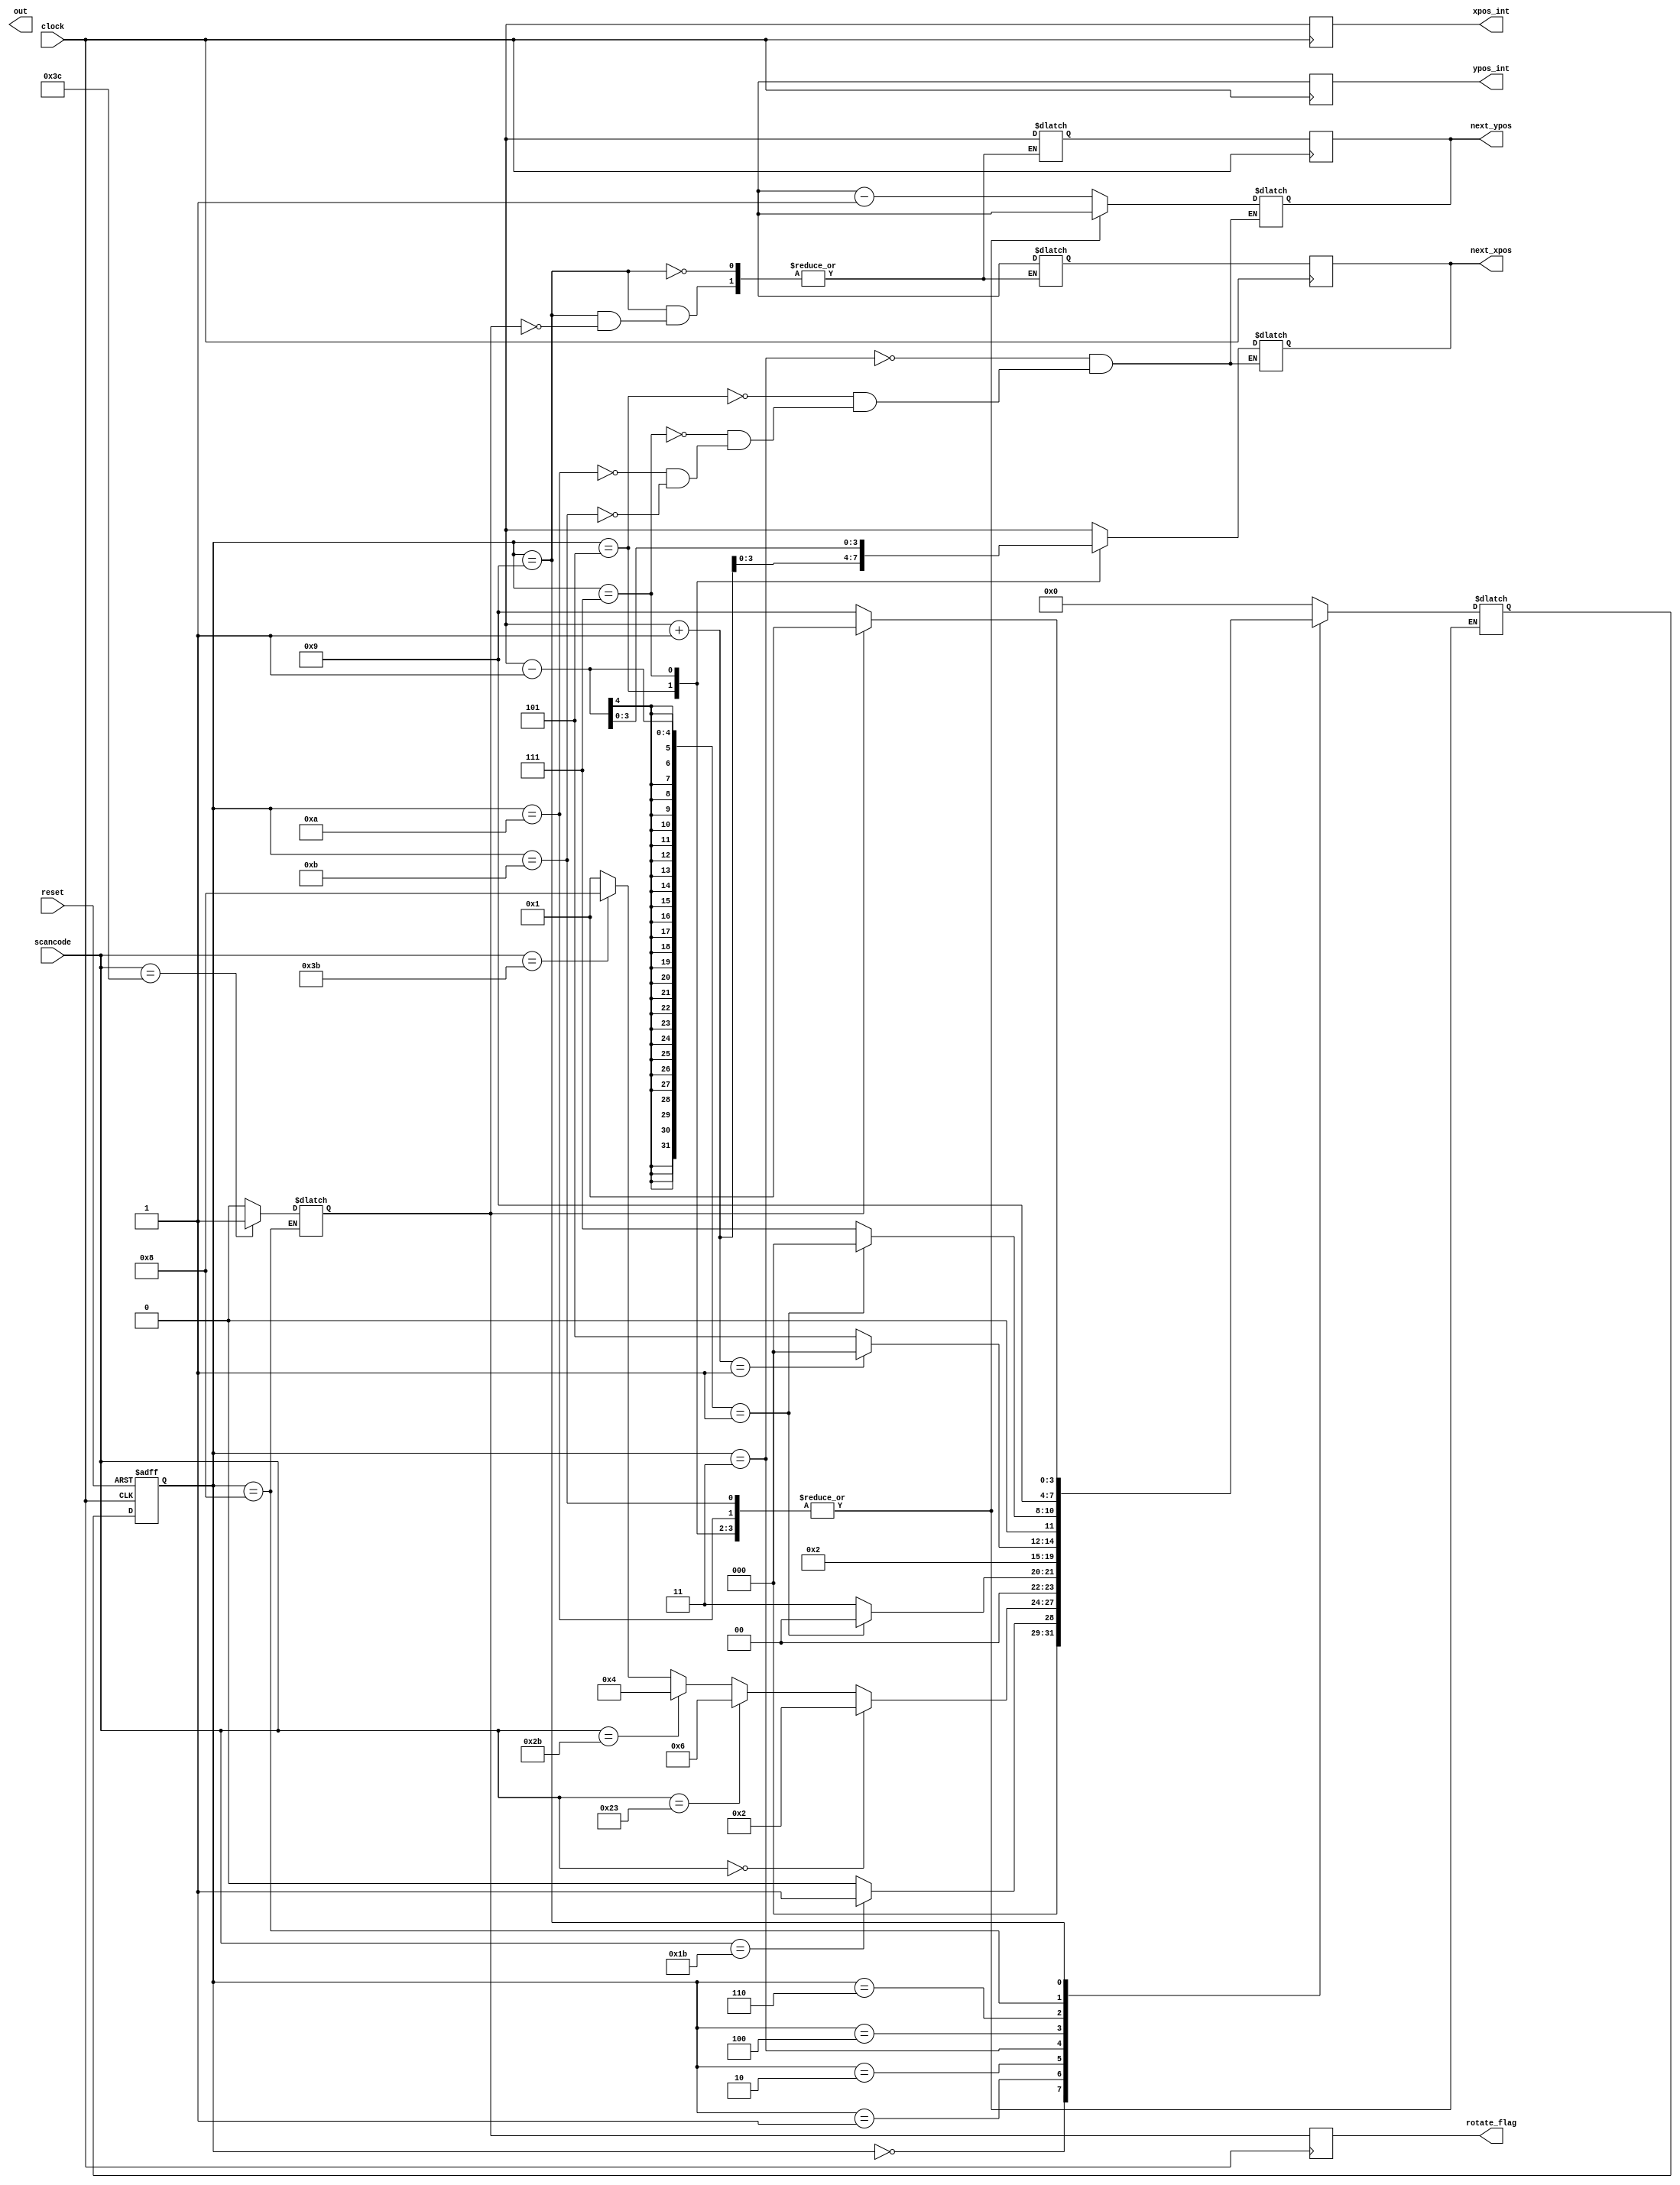
`timescale 1ns / 1ps
//////////////////////////////////////////////////////////////////////////////////
// Company: 
// Engineer: 
// 
// Design Name: 
// Module Name: FSM
// Project Name: 
// Target Devices: 
// Tool Versions: 
// Description: 
// 
// Dependencies: 
// 
// Revision:
// Revision 0.01 - File Created
// Additional Comments:
// 
//////////////////////////////////////////////////////////////////////////////////


module FSM(
    output out,
    output reg [3:0] next_xpos,
    output reg [3:0] next_ypos,
    output reg [3:0] xpos_int, 
    output reg [3:0] ypos_int, 
    output reg rotate_flag,
    input clock,
    input reset,
    input [29:0] scancode
);

    reg [3:0] current_state, next_state;
    reg [3:0] xpos, ypos;
    reg [3:0] regnext_xpos, regnext_ypos;
    reg rotate_con; 

    parameter S0 = 4'b0000;
    parameter S1 = 4'b0001;
    parameter S2 = 4'b0010;
    parameter S3 = 4'b0011;
    parameter S4 = 4'b0100;
    parameter S5 = 4'b0101;
    parameter S6 = 4'b0110;
    parameter S7 = 4'b0111;
    parameter S8 = 4'b1000;
    parameter S9 = 4'b1001;
    parameter S10 = 4'b1010;
    parameter S11 = 4'b1011;

    initial begin
        current_state = S0;
    end

    always @(posedge clock, posedge reset) begin
        if (reset) begin
            current_state <= S0;
        end else begin
            current_state <= next_state;
        end
    end

    always @(current_state, scancode) begin
        case (current_state) 
        
    S0: begin 						//Stop
                if (scancode == 29'h1B) begin
                    next_state = S1;
                end else begin
                    next_state = S0;
                end
            end
        
    S1: begin 						//Waiting for Input
                if (scancode == 29'h00) begin
                    next_state = S2;
                end else if (scancode == 29'h23) begin
                    next_state = S6;
                end else if (scancode == 29'h2B) begin
                    next_state = S4;
                end else if (scancode == 29'h3B) begin
                    next_state = S8;
                end else begin
                    next_state = S1;
                end
            end
        
    S2: begin						//Check Down
                if (xpos - 1 == 1) begin
                    next_state = S0;
                end else begin
                    next_state = S3;
                end 
            end 
           
    S3: begin						//Go Down
                next_ypos = ypos - 1;
                next_xpos = xpos;
                next_state = S1;
            end

    S4: begin						//Check Right
                if (xpos + 1 == 1) begin
                    next_state = S0;
                end else begin
                    next_state = S5;
                end 
            end 

    S5: begin						//Go Right
                next_xpos = xpos + 1;
                next_ypos = ypos;
            end

    S6: begin						//Check Left
                if (xpos - 1 == 1) begin
                    next_state = S0;
                end else begin
                    next_state = S7;
                end 
            end 

    S7: begin						//Go Left
                next_xpos = xpos - 1;
                next_ypos = ypos;
            end

    S8: begin						//Check Rotate
                if (scancode == 29'h3C) begin // right arrow key for clockwise rotation
                    rotate_con = 1;
                end else begin
                    rotate_con = 0;
                end

                next_state = S9;
            end

    S9: begin						//Go Rotate
                if (rotate_con == 1) begin
                  

                    // Swap x and y positions
                    regnext_xpos = ypos;
                    regnext_ypos = xpos;

                    // You may need to adjust the positions based on the rotation center and block size
                   

                    next_state = S1; // Transition to the next state after rotation
                end else begin
                    // If rotate_con is not asserted, maintain the current state
                    next_state = S9;
                end
            end

    S10: begin						//Check Stop
                next_xpos = xpos;
                next_ypos = ypos;
            end

    S11: begin						//Delete Row
                next_xpos = xpos;
                next_ypos = ypos;
            end
default: next_state = S0;
        endcase
    end

    // Output assignments
always @(posedge clock) begin
    next_xpos <= regnext_xpos;
    next_ypos <= regnext_ypos;
    xpos_int <= xpos;
    ypos_int <= ypos;
    rotate_flag <= rotate_con;
end

endmodule